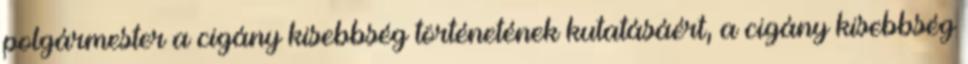
polgármester a cigány kisebbség történetének kutatásáért, a cigány kisebbség